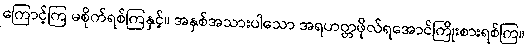
ကြောင့်ကြ မစိုက်ရစ်ကြနှင့်။ အနှစ်အသားပါသော အရဟတ္တဖိုလ်ရအောင်ကြိုးစားရစ်ကြ။